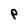
Character: P